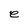
Character: e